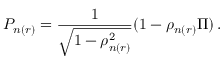
P _ { n ( r ) } = \frac { 1 } { \sqrt { 1 - \rho _ { n ( r ) } ^ { 2 } } } ( 1 - \rho _ { n ( r ) } \Pi ) \, .